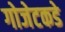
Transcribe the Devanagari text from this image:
गोजेटकडे